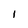
Character: I